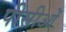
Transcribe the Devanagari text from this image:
पीसीओं